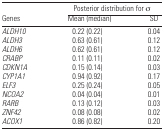
<table><thead><tr><td></td><td colspan="2"><b>Posterior distribution for σ</b></td></tr><tr><td><b>Genes</b></td><td><b>Mean (median)</b></td><td><b>SD</b></td></tr></thead><tbody><tr><td><i>ALDH10</i></td><td>0.22 (0.22)</td><td>0.04</td></tr><tr><td><i>ALDH3</i></td><td>0.63 (0.61)</td><td>0.12</td></tr><tr><td><i>ALDH6</i></td><td>0.62 (0.61)</td><td>0.12</td></tr><tr><td><i>CRABP</i></td><td>0.11 (0.11)</td><td>0.02</td></tr><tr><td><i>CDKN1A</i></td><td>0.15 (0.14)</td><td>0.03</td></tr><tr><td><i>CYP1A1</i></td><td>0.94 (0.92)</td><td>0.17</td></tr><tr><td><i>ELF3</i></td><td>0.25 (0.24)</td><td>0.05</td></tr><tr><td><i>NCOA2</i></td><td>0.04 (0.04)</td><td>0.01</td></tr><tr><td><i>RARB</i></td><td>0.13 (0.12)</td><td>0.03</td></tr><tr><td><i>ZNF42</i></td><td>0.08 (0.08)</td><td>0.02</td></tr><tr><td><i>ACOX1</i></td><td>0.86 (0.82)</td><td>0.20</td></tr></tbody></table>